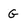
Character: G